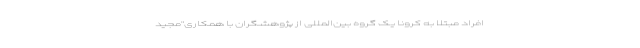
افراد مبتلا به کرونا یک گروه بین‌المللی از پژوهشگران با همکاری"مجید